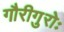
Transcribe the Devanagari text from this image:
गौरीगुरोः